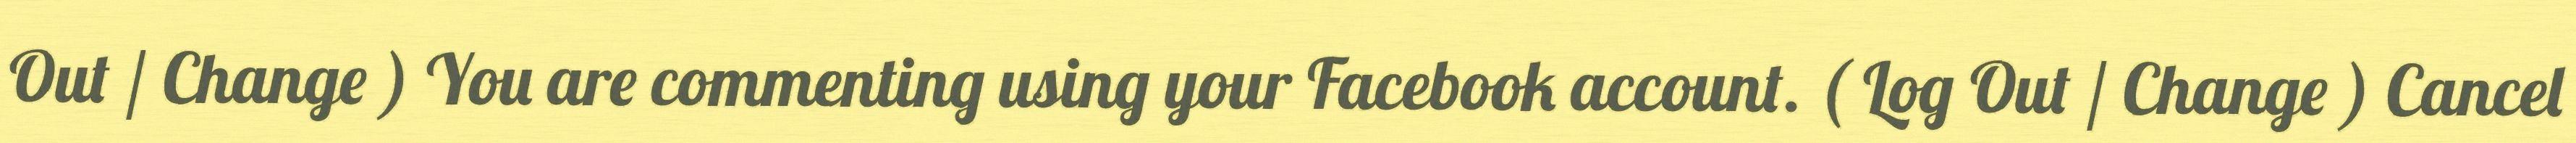
Out / Change ) You are commenting using your Facebook account. ( Log Out / Change ) Cancel